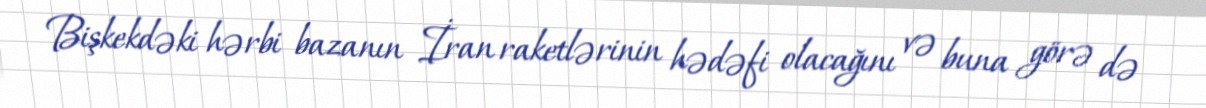
Bişkekdəki hərbi bazanın İran raketlərinin hədəfi olacağını və buna görə də